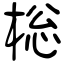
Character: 棇